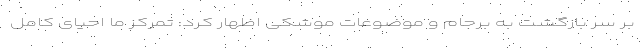
بر سر بازگشت به برجام و موضوعات موشکی اظهار کرد: تمرکز ما احیای کامل